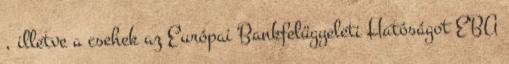
, illetve a csehek az Európai Bankfelügyeleti Hatóságot EBA